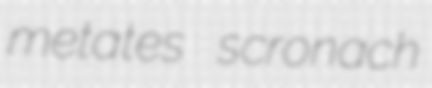
metates scronach